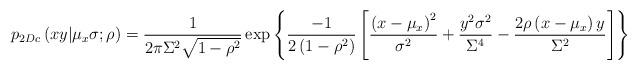
LaTeX: \begin{align*}p_{2Dc}\left( xy|\mu_{x}\sigma;\rho\right) \overset{}{=}\dfrac{1}{2\pi\Sigma^{2}\sqrt{1-\rho^{2}}}\exp\left\{\frac{-1}{2\left( 1-\rho^{2}\right) }\left[ \frac{\left( x-\mu_{x}\right)^{2}}{\sigma^{2}}+\frac{y^{2}\sigma^{2}}{\Sigma^{4}}-\frac{2\rho\left(x-\mu_{x}\right) y}{\Sigma^{2}}\right] \right\} \end{align*}